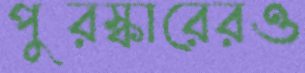
পুরস্কারেরও